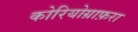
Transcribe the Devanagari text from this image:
कोरियोग्राफ़रा